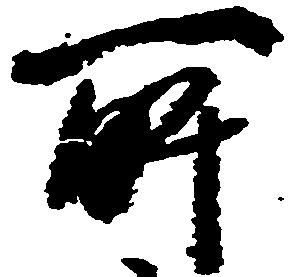
所